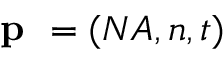
\textbf { p } = ( N A , n , t )